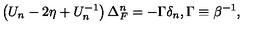
\left( U _ { n } - 2 \eta + U _ { n } ^ { - 1 } \right) \Delta _ { F } ^ { n } = - \Gamma \delta _ { n } , \Gamma \equiv \beta ^ { - 1 } ,